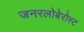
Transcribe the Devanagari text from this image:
जनरलोबेरोस्ट